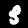
Digit: 3